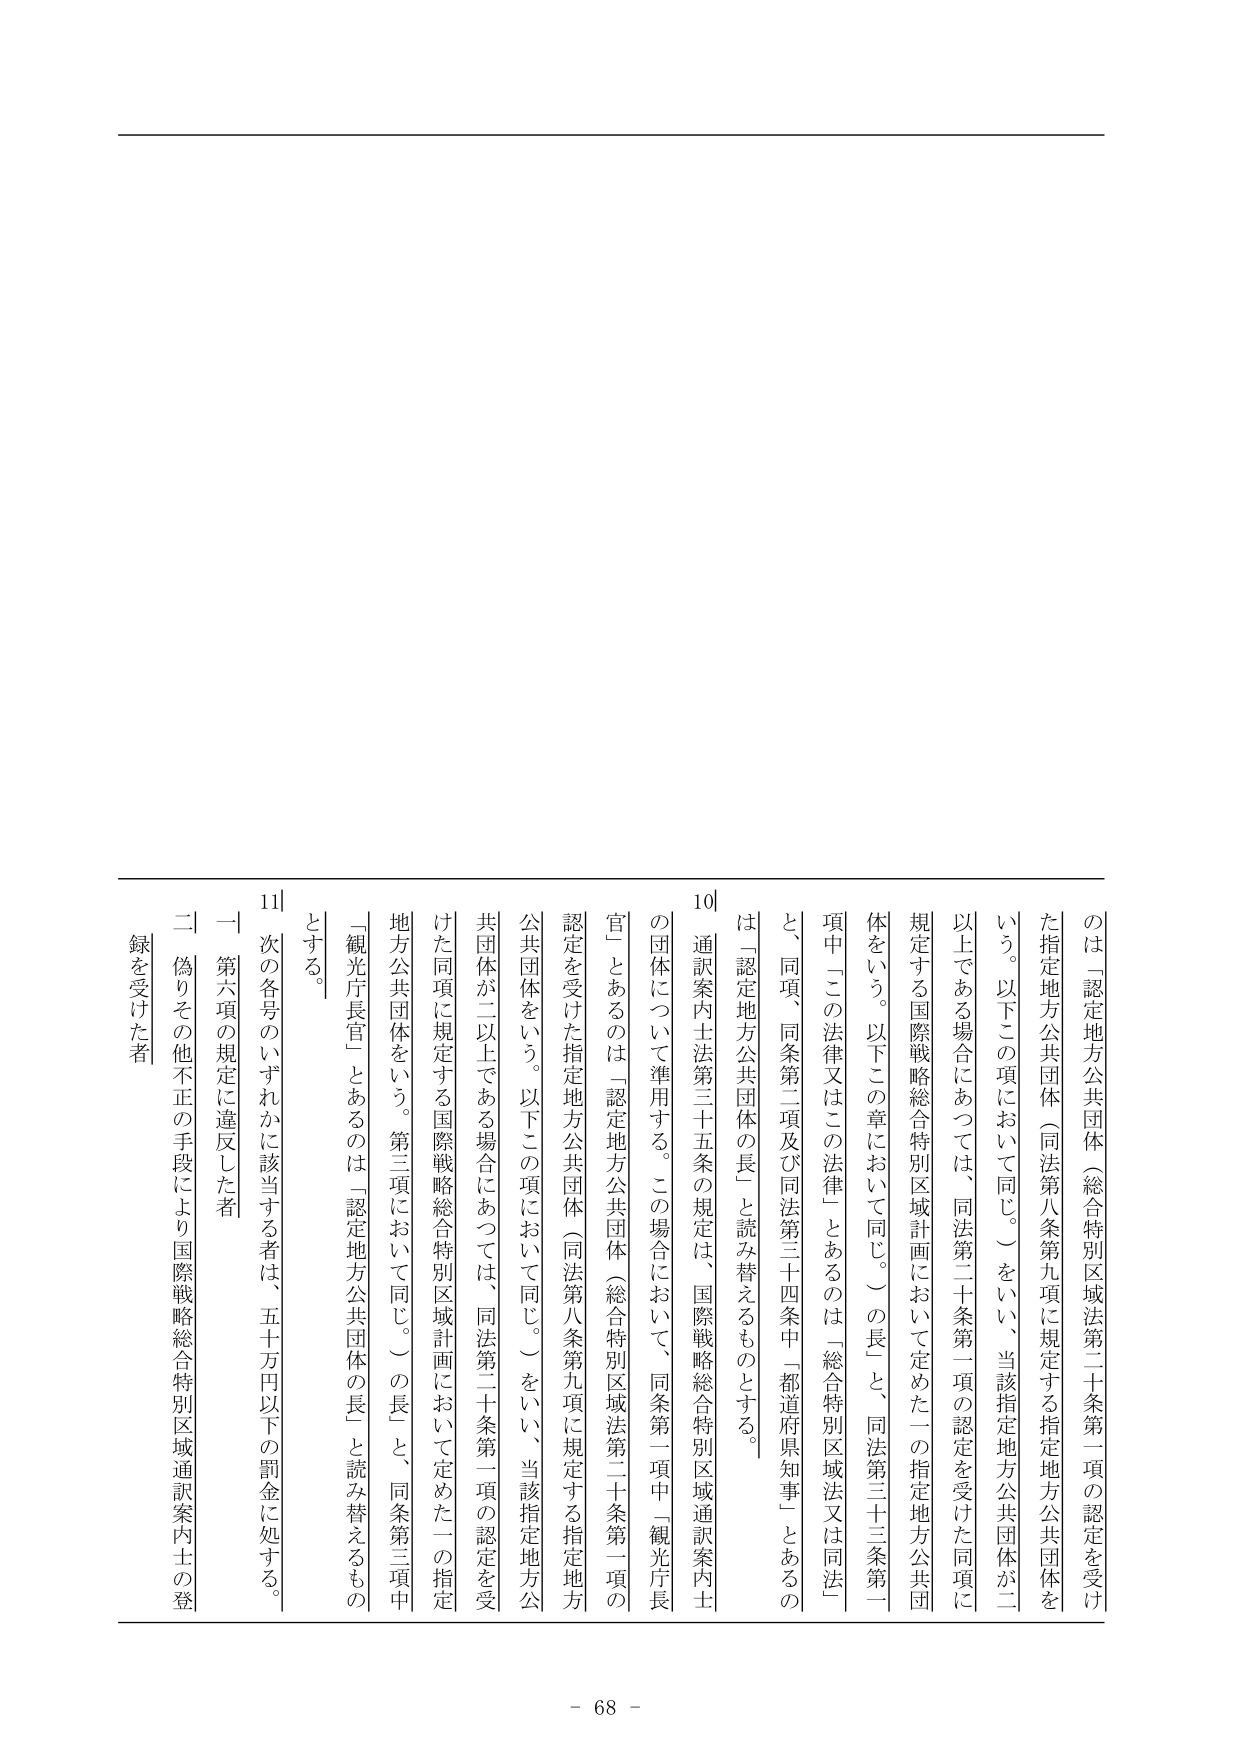
のは「認定地方公共団体（総合特別区域法第二十条第一項の認定を受けた指定地方公共団体（同法第八条第九項に規定する指定地方公共団体をいう。以下この項において同じ。）をいい、当該指定地方公共団体が二以上である場合にあっては、同法第二十条第一項の認定を受けた同項に規定する国際戦略総合特別区域計画において定めた一の指定地方公共団体をいう。以下この章において同じ。）の長」と、同法第三十三条第一項中「この法律又はこの法律」とあるのは「総合特別区域法又は同法」と、同項、同条第二項及び同法第三十四条中「都道府県知事」とあるのは「認定地方公共団体の長」と読み替えるものとする。

10 通訳案内士法第三十五条の規定は、国際戦略総合特別区域通訳案内士の団体について準用する。この場合において、同条第一項中「観光庁長官」とあるのは「認定地方公共団体（総合特別区域法第二十条第一項の認定を受けた指定地方公共団体（同法第八条第九項に規定する指定地方公共団体をいう。以下この項において同じ。）をいい、当該指定地方公共団体が二以上である場合にあっては、同法第二十条第一項の認定を受けた同項に規定する国際戦略総合特別区域計画において定めた一の指定地方公共団体をいう。第三項において同じ。）の長」と、同条第三項中「観光庁長官」とあるのは「認定地方公共団体の長」と読み替えるものとする。

11 次の各号のいずれかに該当する者は、五十万円以下の罰金に処する。
一 第六項の規定に違反した者
二 偽りその他不正の手段により国際戦略総合特別区域通訳案内士の登録を受けた者

- 68 -